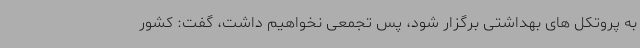
به پروتکل های بهداشتی برگزار شود، پس تجمعی نخواهیم داشت، گفت: کشور